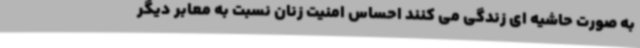
به صورت حاشیه ای زندگی می کنند احساس امنیت زنان نسبت به معابر دیگر